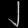
Digit: ၂